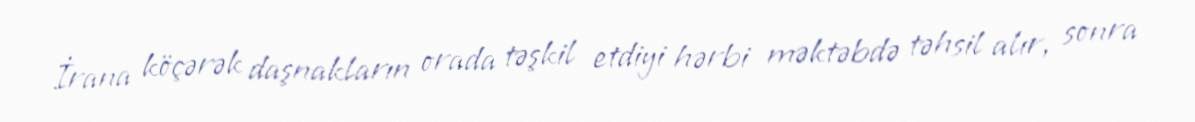
İrana köçərək daşnakların orada təşkil etdiyi hərbi məktəbdə təhsil alır, sonra